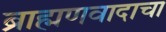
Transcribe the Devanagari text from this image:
ब्राह्मणवादाचा